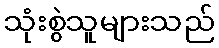
သုံးစွဲသူများသည်